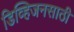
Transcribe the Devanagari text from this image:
डिव्हिजनसाठी